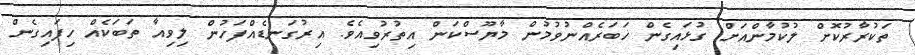
ތަކުރާރުކޮށް ލުކުމާންއަށް ގުޅައިގެން ޚަބަރެއްނުވުމުން މާޔޫސްކަން އިތުރުވިއެވެ. އިރުގަނޑެއްފަހުން ލިވިއާ ތަބަކެއް ހިފައިގެން